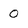
Character: 0